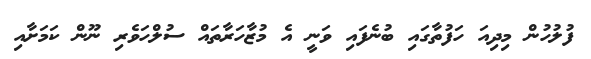
ފުލުހުން މިދިއަ ހަފުތާގައި ބުނެފައި ވަނީ އެ މުޒާހަރާތައް ސުލްހަވެރި ނޫން ކަމަށާއި